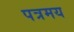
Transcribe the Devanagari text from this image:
पत्रमय